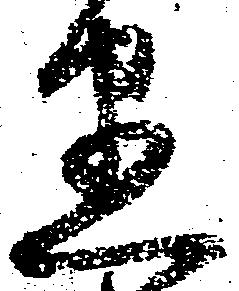
迷